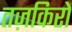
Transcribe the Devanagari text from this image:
तज़किरों